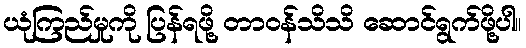
ယုံကြည်မှုကို ပြန်ရဖို့ တာဝန်သိသိ ဆောင်ရွက်ဖို့ပါ။